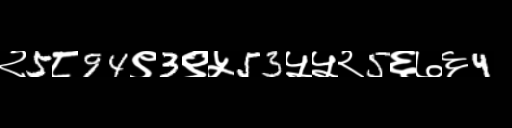
Text: २5८94९3९५53५५२5६७६4